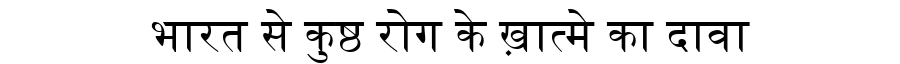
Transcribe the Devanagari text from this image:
भारत से कुष्ठ रोग के ख़ात्मे का दावा